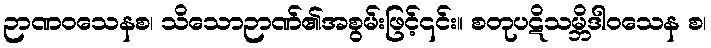
ဉာဏဝသေနစ၊ သိသောဉာဏ်၏အစွမ်းဖြင့်၎င်း။ စတုပဋိသမ္ဘိဒါဝသေန စ၊